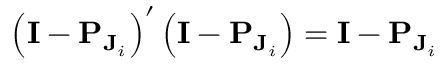
\left( \mathbf { I } - \mathbf { P } _ { \mathbf { J } _ { i } } \right) ^ { \prime } \left( \mathbf { I } - \mathbf { P } _ { \mathbf { J } _ { i } } \right) = \mathbf { I } - \mathbf { P } _ { \mathbf { J } _ { i } }